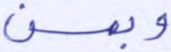
وبمن